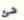
شئ